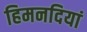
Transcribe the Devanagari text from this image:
हिमनदियां